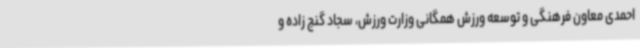
احمدی معاون فرهنگی و توسعه ورزش همگانی وزارت ورزش، سجاد گنج زاده و